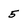
Character: 5